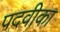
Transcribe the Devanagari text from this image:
पदवीका